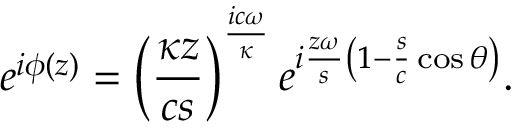
e ^ { i \phi ( z ) } = \left( \frac { \kappa z } { c s } \right) ^ { \frac { i c \omega } { \kappa } } e ^ { i \frac { z \omega } { s } \left( 1 - \frac { s } { c } \cos \theta \right) } .